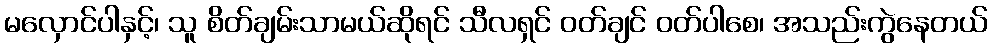
မလှောင်ပါနှင့်၊ သူ စိတ်ချမ်းသာမယ်ဆိုရင် သီလရှင် ဝတ်ချင် ဝတ်ပါစေ၊ အသည်းကွဲနေတယ်